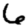
Digit: 6